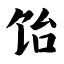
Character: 饴